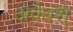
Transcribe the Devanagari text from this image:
अवैधश्